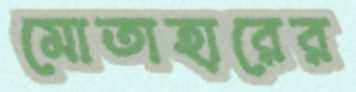
মোতাহারের